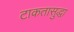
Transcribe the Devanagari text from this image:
टाकतासुद्धा